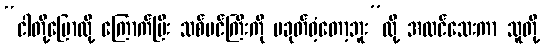
“ငါတို့ပြောလို့ ကြောက်ပြီး သစ်ပင်ကြီးကို မခုတ်ဝံ့တော့ဘူး”လို့ အထင်သေးကာ သူတို့